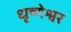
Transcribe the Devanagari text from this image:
धृष्णेश्वर